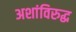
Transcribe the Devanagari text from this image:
अशांविरुद्ध